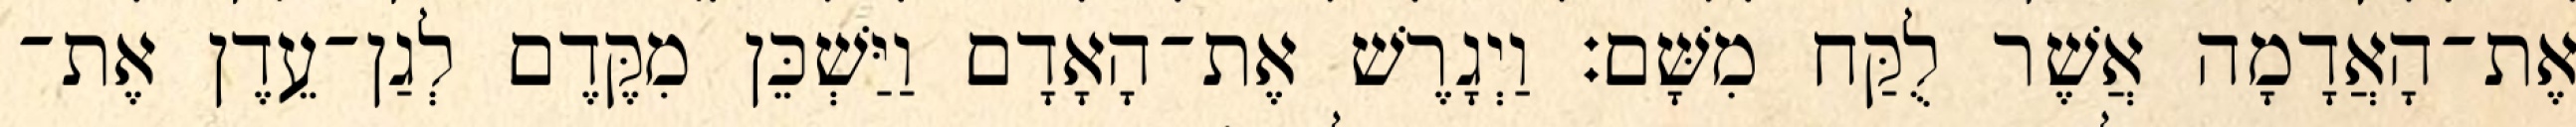
אֶת־הָאֲדָמָה אֲשֶׁר לֻקַּח מִשָּׁם׃ וַיְגָרֶשׁ אֶת־הָאָדָם וַיַּשְׁכֵּן מִקֶּדֶם לְגַן־עֵדֶן אֶת־